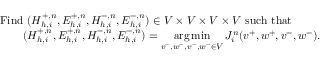
\begin{array} { r l } & { \mathrm { F i n d ~ } ( H _ { h , i } ^ { + , n } , E _ { h , i } ^ { + , n } , H _ { h , i } ^ { - , n } , E _ { h , i } ^ { - , n } ) \in V \times V \times V \times V \mathrm { ~ s u c h ~ t h a t ~ } } \\ & { \qquad ( H _ { h , i } ^ { + , n } , E _ { h , i } ^ { + , n } , H _ { h , i } ^ { - , n } , E _ { h , i } ^ { - , n } ) = \underset { v ^ { + } , w ^ { + } , v ^ { - } , w ^ { - } \in V } { \arg \operatorname* { m i n } } \, J _ { i } ^ { n } ( v ^ { + } , w ^ { + } , v ^ { - } , w ^ { - } ) . } \end{array}